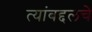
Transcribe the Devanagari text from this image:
त्यांबद्दलचे